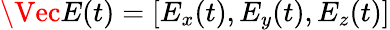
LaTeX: \Vec{E}(t)=[E_{x}(t),E_{y}(t),E_{z}(t)]